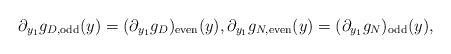
LaTeX: \begin{align*}\partial_{y_1} g_{D,\mathrm{odd}}(y) = (\partial_{y_1} g_D)_{\mathrm{even}}(y),\partial_{y_1} g_{N,\mathrm{even}}(y) = (\partial_{y_1} g_N)_{\mathrm{odd}}(y),\end{align*}